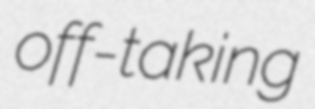
off-taking